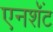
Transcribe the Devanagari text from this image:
एनशॅंट